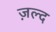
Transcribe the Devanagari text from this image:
ज़ल्द